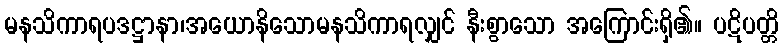
မနသိကာရပဒဋ္ဌာနာ၊အယောနိသောမနသိကာရလျှင် နီးစွာသော အကြောင်းရှိ၏။ ပဋိပတ္တိ